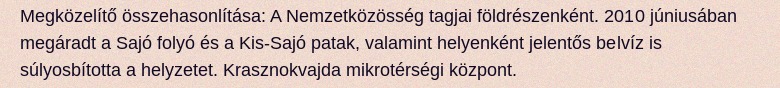
Megközelítő összehasonlítása: A Nemzetközösség tagjai földrészenként. 2010 júniusában megáradt a Sajó folyó és a Kis-Sajó patak, valamint helyenként jelentős belvíz is súlyosbította a helyzetet. Krasznokvajda mikrotérségi központ.